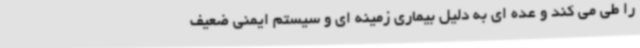
را طی می کند و عده ای به دلیل بیماری زمینه ای و سیستم ایمنی ضعیف